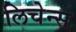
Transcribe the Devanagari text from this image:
लिचेन्स